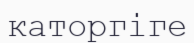
каторгіге